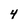
Character: 4